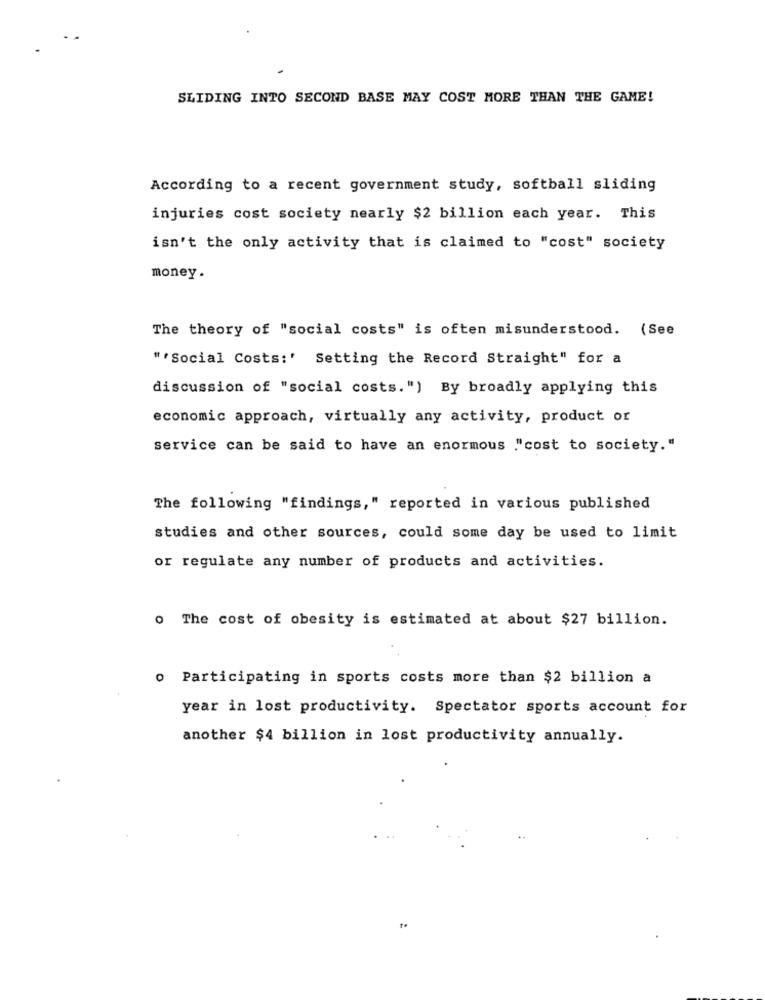
SLIDING INTO SECOND BASE MAY COST MORE THAN THE GAME!
According to a recent government study, softball sliding
injuries cost society nearly $2 billion each year. This
isn't the only activity that is claimed to "cost" society
money.
The theory of "social costs" is often misunderstood. (See
" "Social Costs:' Setting the Record Straight" for a
discussion of "social costs.") By broadly applying this
economic approach, virtually any activity, product or
service can be said to have an enormous ."cost to society."
The following "findings," reported in various published
studies and other sources, could some day be used to limit
or regulate any number of products and activities.
o The cost of obesity is estimated at about $27 billion.
o Participating in sports costs more than $2 billion a
year in lost productivity. Spectator sports account for
another $4 billion in lost productivity annually.